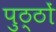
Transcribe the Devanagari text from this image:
पुठ्ठों